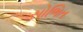
સોભિત